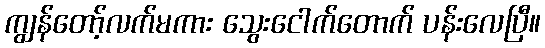
ကျွန်တော့်လက်မကား သွေးငေါက်တောက် ပန်းလေပြီ။